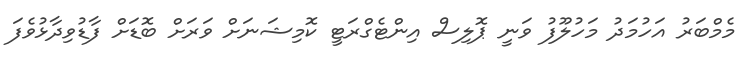
މެމްބަރު އަހުމަދު މަހުލޫފު ވަނީ ޕޮލިސް އިންޓެގްރަޓީ ކޮމިޝަނަށް ވަރަށް ބޮޑަށް ފާޑުވިދާޅުވެފަ